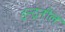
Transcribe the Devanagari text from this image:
इन्द्रनील